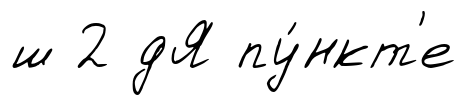
ш 2 дЯ пу́нкт'е